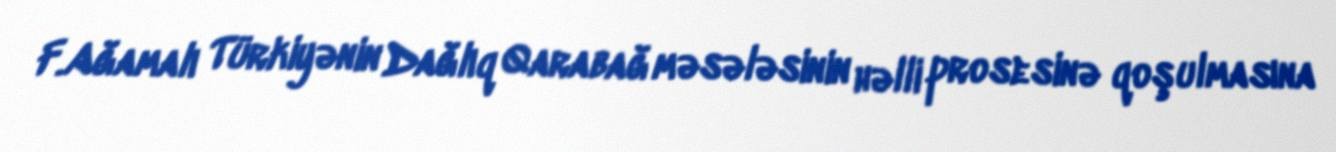
F.Ağamalı Türkiyənin Dağlıq Qarabağ məsələsinin həlli prosesinə qoşulmasına